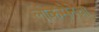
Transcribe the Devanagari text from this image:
लोकसेनेचा